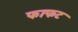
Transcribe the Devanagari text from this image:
फाफट